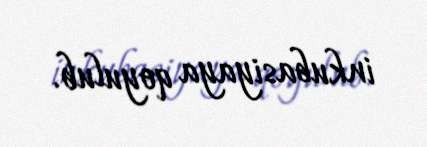
inkubasiyaya qoyulub.